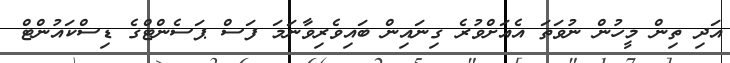
އަދި ތިން މީހުން ނުވަތަ އެއަށްވުރެ ގިނައިން ބައިވެރިވާނަމަ ފަސް ޕަސެންޓްގެ ޑިސްކައުންޓް